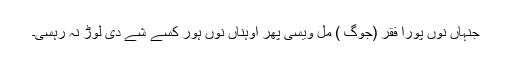
جنہاں نوں پورا فقر (جوگ ) مل ویسی پھر اوہناں نوں ہور کسے شے دی لوڑ نہ رہسی۔